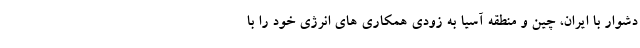
دشوار با ایران، چین و منطقه آسیا به زودی همکاری های انرژی خود را با